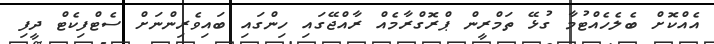
އެއްކޮށް ބެލެހެއްޓުމާ ގުޅޭ ތަމްރީން ޕްރޮގްރާމެއް ރާއްޖޭގައި ހިންގައި ބައިވެރިންނަށް ސެޓްފިކެޓް ދީފި